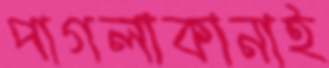
পাগলাকানাই